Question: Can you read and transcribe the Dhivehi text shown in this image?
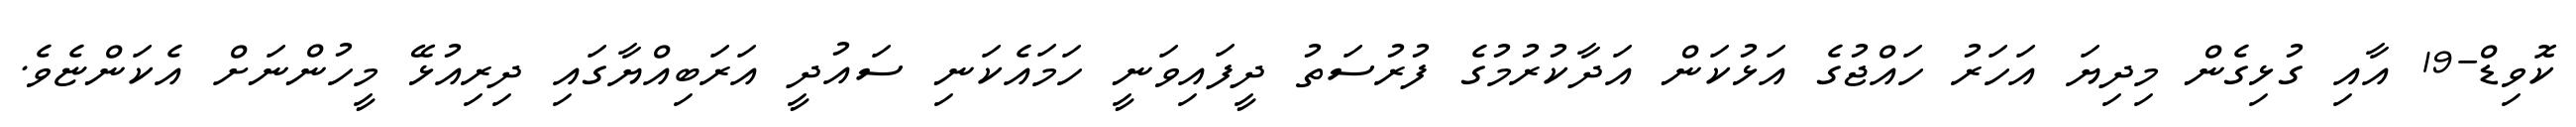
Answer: ކޮވިޑް-19 އާއި ގުޅިގެން މިދިޔަ އަހަރު ހައްޖުގެ އަޅުކަން އަދާކުރުމުގެ ފުރުސަތު ދީފައިވަނީ ހަމައެކަނި ސައުދީ އަރަބިއްޔާގައި ދިރިއުޅޭ މީހުންނަށް އެކަންޏެވެ.